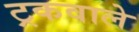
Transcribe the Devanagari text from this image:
ट्रकवाले